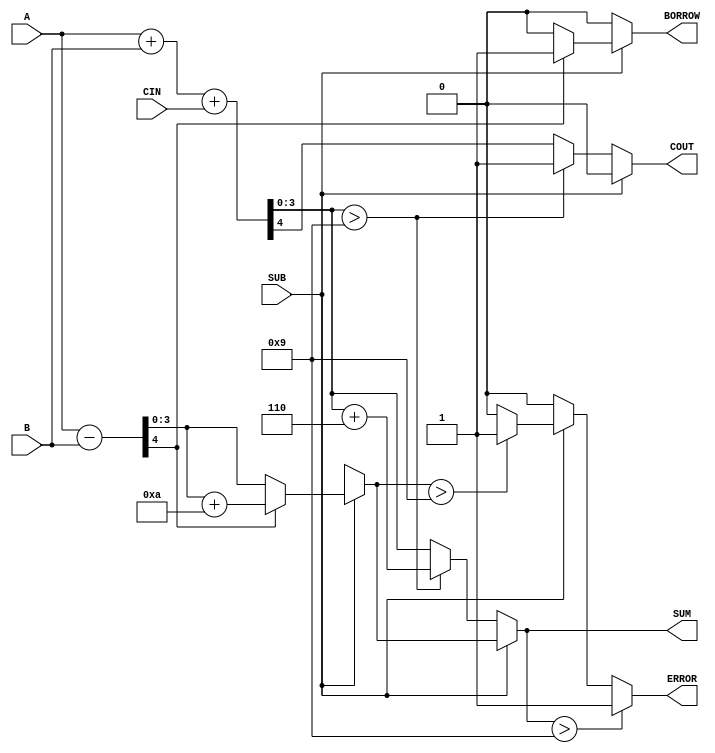
module BCD_Add_Subtracter (
    input  wire [3:0] A,      // First BCD digit
    input  wire [3:0] B,      // Second BCD digit
    input  wire SUB,          // Control signal for addition/subtraction
    input  wire CIN,          // Carry input for addition
    output reg  [3:0] SUM,    // Resulting BCD digit
    output reg  COUT,         // Carry output for addition
    output reg  BORROW,       // Borrow output for subtraction
    output reg  ERROR         // Error flag for invalid BCD output
);

always @(*) begin
    // Initialize outputs
    SUM = 4'b0000;
    COUT = 1'b0;
    BORROW = 1'b0;
    ERROR = 1'b0;

    if (SUB == 0) begin
        // Addition
        {COUT, SUM} = A + B + CIN; // Compute the binary sum
        
        // BCD correction
        if (SUM > 4'b1001) begin
            SUM = SUM + 4'b0110; // Add 6 for BCD correction
            COUT = 1'b1;          // Set carry out
        end
    end else begin
        // Subtraction
        {BORROW, SUM} = A - B; // Compute the binary difference

        // BCD correction
        if (BORROW) begin
            // If borrow occurs, add 10 (1010) for BCD correction
            SUM = SUM + 4'b1010;
            BORROW = 1'b1;       // Set borrow flag
        end

        // Check for negative result after correction
        if (SUM > 4'b1001) begin
            ERROR = 1'b1; // Invalid BCD output
        end
    end

    // Error check for invalid BCD output
    if (SUM > 4'b1001) begin
        ERROR = 1'b1; // Set error flag if SUM is invalid BCD
    end
end

endmodule